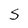
Character: 5